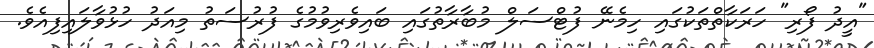
"އީދު ފޯރި" ހަރަކާތްތަކުގައި ހިމެނޭ ފުޓްސަލް މުބާރާތުގައި ބައިވެރިވުމުގެ ފުރުސަތު މިއަދު ހުޅުވާލައިފިއެވެ.